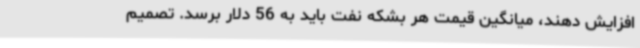
افزایش دهند، میانگین قیمت هر بشکه نفت باید به 56 دلار برسد. تصمیم